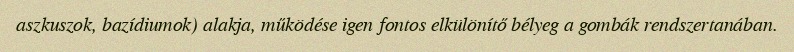
aszkuszok, bazídiumok) alakja, működése igen fontos elkülönítő bélyeg a gombák rendszertanában.